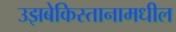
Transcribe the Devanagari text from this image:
उझबेकिस्तानामधील